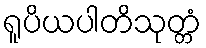
ရူပိယပါတိသုတ္တံ